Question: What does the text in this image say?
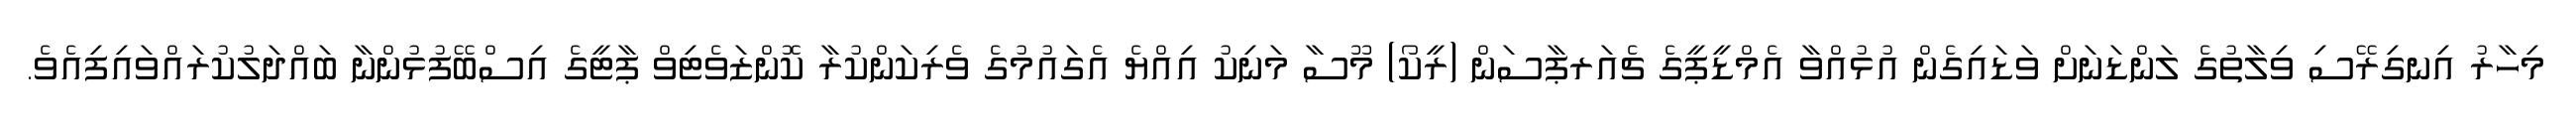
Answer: މިހާރު އިނގިރޭސި ވިލާތުގެ ލަންޑަނަށް ވަޑައިގެން އުޅުއްވާ އެމްޑީޕީގެ ޗެއަރޕާސަން (ރީކޯ) މޫސާ މަނިކު އިއްޔެ އެގައުމުގެ ވެރިކަންކުރާ ކޮންޒަވެޓިވް ޕާޓީގެ އިސްބޭފުޅުންނާ ބައްދަލުކުރައްވައިފިއެވެ.